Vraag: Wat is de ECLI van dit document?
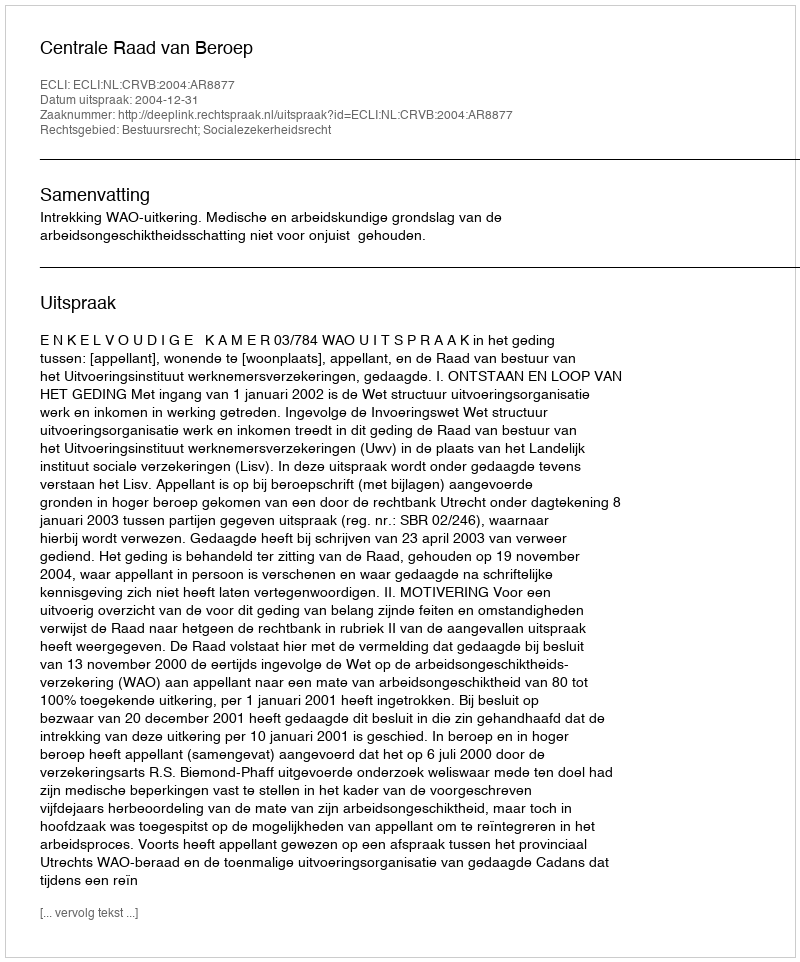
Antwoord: ECLI:NL:CRVB:2004:AR8877